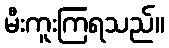
မီးကူးကြရသည်။